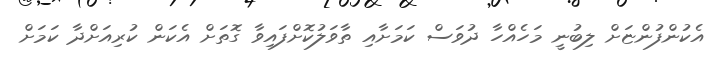
އެކުންފުންޏަށް ލިބުނީ މަހެއްހާ ދުވަސް ކަމަށާއި ތާވަލުކޮށްފައިވާ ގޮތަށް އެކަން ކުރިއަށްދާ ކަމަށް